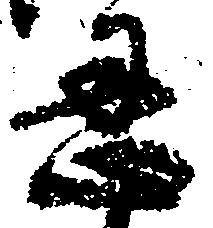
忍